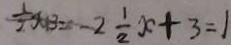
\frac { 1 } { 2 } x + 3 = - 2 \frac { 1 } { 2 } x + 3 = 1